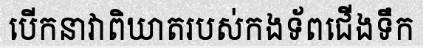
បើកនាវាពិឃាតរបស់កងទ័ពជើងទឹក